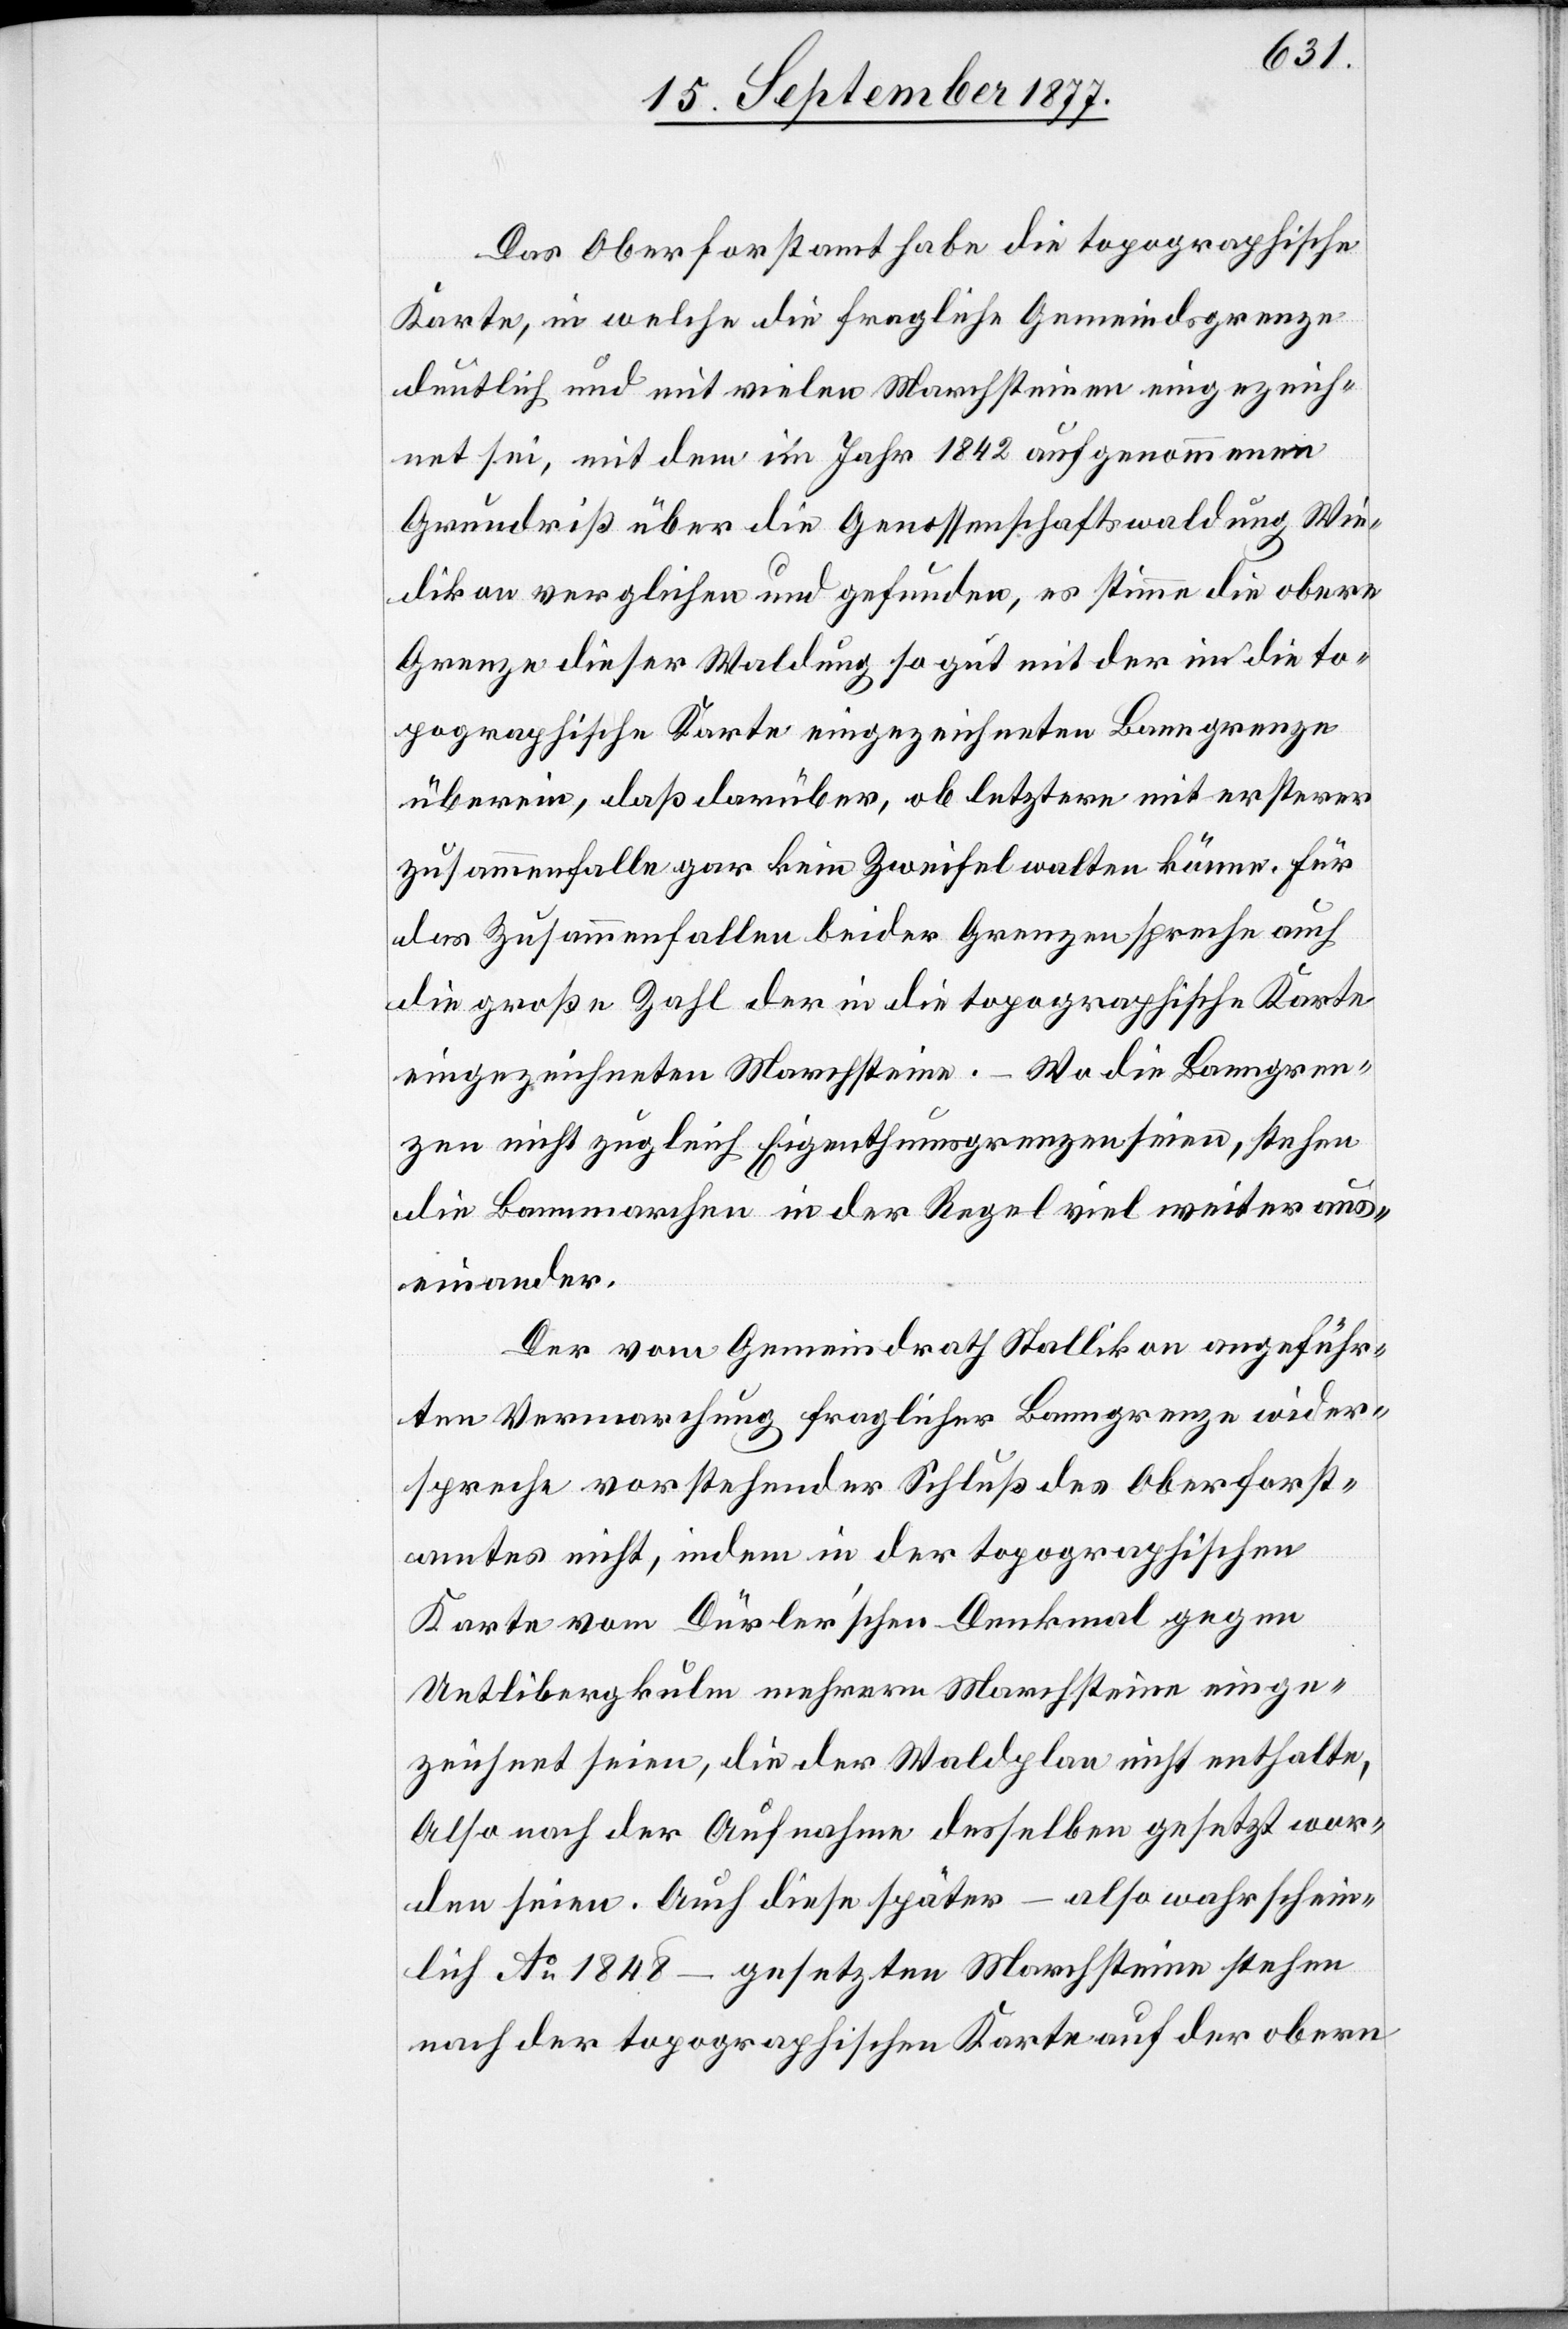
Das Oberforstamt habe die topographische
Karte, in welche die fragliche Gemeindsgrenze
deutlich und mit vielen Marchsteinen eingezeich¬
net sei, mit dem im Jahr 1842 aufgenommenen
Grundriß über die Genossenschaftswaldung Wie¬
dikon verglichen und gefunden, es stimme die obere
Grenze dieser Waldung so gut mit der in die to¬
pographische Karte eingezeichneten Banngrenze
überein, daß darüber, ob letztere mit ersterer
zusammenfalle gar kein Zweifel walten könne. Für
das Zusammenfallen beider Grenzen spreche auch
die große Zahl der in die topographische Karte
eingezeichneten Marchsteine. – Wo die Banngren¬
zen nicht zugleich Eigenthumsgrenzen seien, stehen
die Bannmarchen in der Regel viel weiter aus¬
einander.
Der vom Gemeindrath Stallikon angeführ¬
ten Vermarchung fraglicher Banngrenze wider¬
spreche vorstehender Schluß des Oberforst¬
amtes nicht, indem in der topographischen
Karte vom Dürler’schen Denkmal gegen
Uetlibergkulm mehrere Marchsteine einge¬
zeichnet seien, die der Waldplan nicht enthalte,
[sic!] nach der Aufnahme desselben gesetzt wor¬
den seien. Auch diese später – also wahrschein¬
lich Ao 1848 – gesetzten Marchsteine stehen
nach der topographischen Karte auf der obern